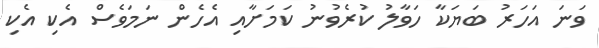
ވަނަ އަހަރު ބަޔަކާ ހަވާލު ކުރެވުނު ކަމަށާއި އެހެން ނަމަވެސް އެކި އެކި